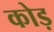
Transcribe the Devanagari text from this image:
कोड़